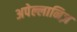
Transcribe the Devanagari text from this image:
अपेल्लानिज़